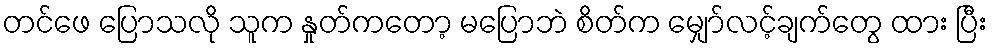
တင်ဖေ ပြောသလို သူက နှုတ်ကတော့ မပြောဘဲ စိတ်က မျှော်လင့်ချက်တွေ ထား ပြီး